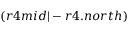
( r 4 m i d | - r 4 . n o r t h )